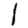
Digit: 1